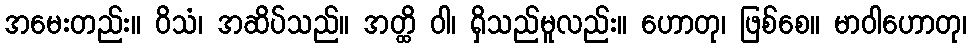
အမေးတည်း။ ဝိသံ၊ အဆိပ်သည်။ အတ္ထိ ဝါ၊ ရှိသည်မူလည်း။ ဟောတု၊ ဖြစ်စေ။ မာဝါဟောတု၊